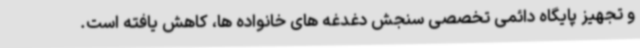
و تجهیز پایگاه دائمی تخصصی سنجش دغدغه های خانواده ها، کاهش یافته است.